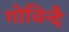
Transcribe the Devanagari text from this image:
गोविन्दै